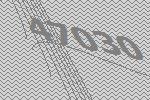
47030